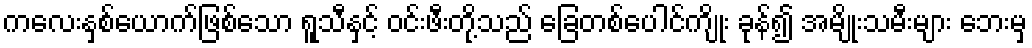
ကလေးနှစ်ယောက်ဖြစ်သော ရူသီနှင့် ဝင်းဖီးတို့သည် ခြေတစ်ပေါင်ကျိုး ခုန်၍ အမျိုးသမီးများ ဘေးမှ